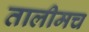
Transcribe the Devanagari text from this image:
तालीमच